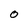
Character: 0